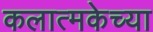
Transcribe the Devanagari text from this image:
कलात्मकेच्या